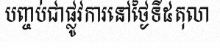
បញ្ចប់ជាផ្លូវការនៅថ្ងៃទី៥តុលា